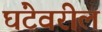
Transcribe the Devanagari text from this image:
घंटेवरील